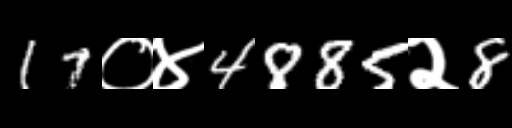
Text: 17०४4885२8